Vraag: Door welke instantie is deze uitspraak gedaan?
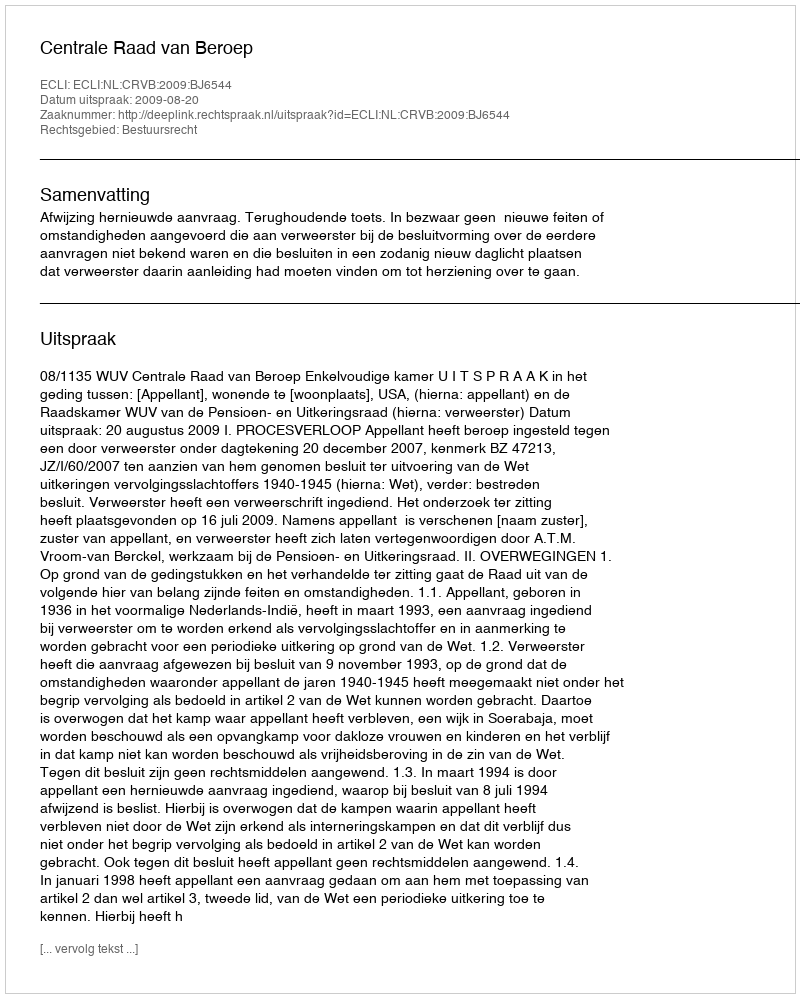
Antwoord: Centrale Raad van Beroep